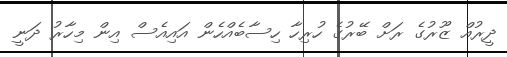
ދީރުއް ޒޫރުގެ ރަށް ބޭރުގެ ހުރިހާ ހިސާބެއްހެން އައިއެސް އިން މިހާރު ދަނީ